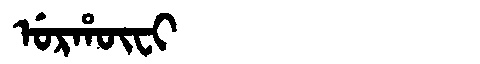
Manchu: ᡠᡵᡥᡡᠸᡳ
Romanization: URHŪFI